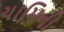
યામિની